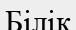
Білік